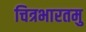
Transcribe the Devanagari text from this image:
चित्रभारतमु